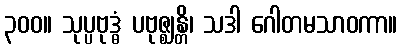
၃၀၀။ သုပ္ပဗုဒ္ဓံ ပဗုဇ္ဈန္တိ၊ သဒါ ဂေါတမသာဝကာ။